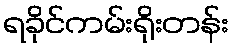
ရခိုင်ကမ်းရိုးတန်း